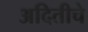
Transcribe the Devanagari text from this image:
अदितीचे